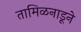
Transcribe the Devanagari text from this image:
तामिळनाडूने